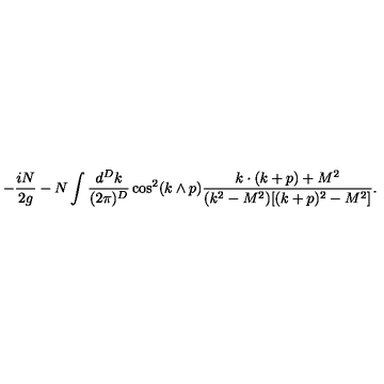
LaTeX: - \frac { i N } { 2 g } - N \int \frac { d ^ { D } k } { ( 2 \pi ) ^ { D } } \cos ^ { 2 } ( k \wedge p ) \frac { k \cdot ( k + p ) + M ^ { 2 } } { ( k ^ { 2 } - M ^ { 2 } ) [ ( k + p ) ^ { 2 } - M ^ { 2 } ] } .